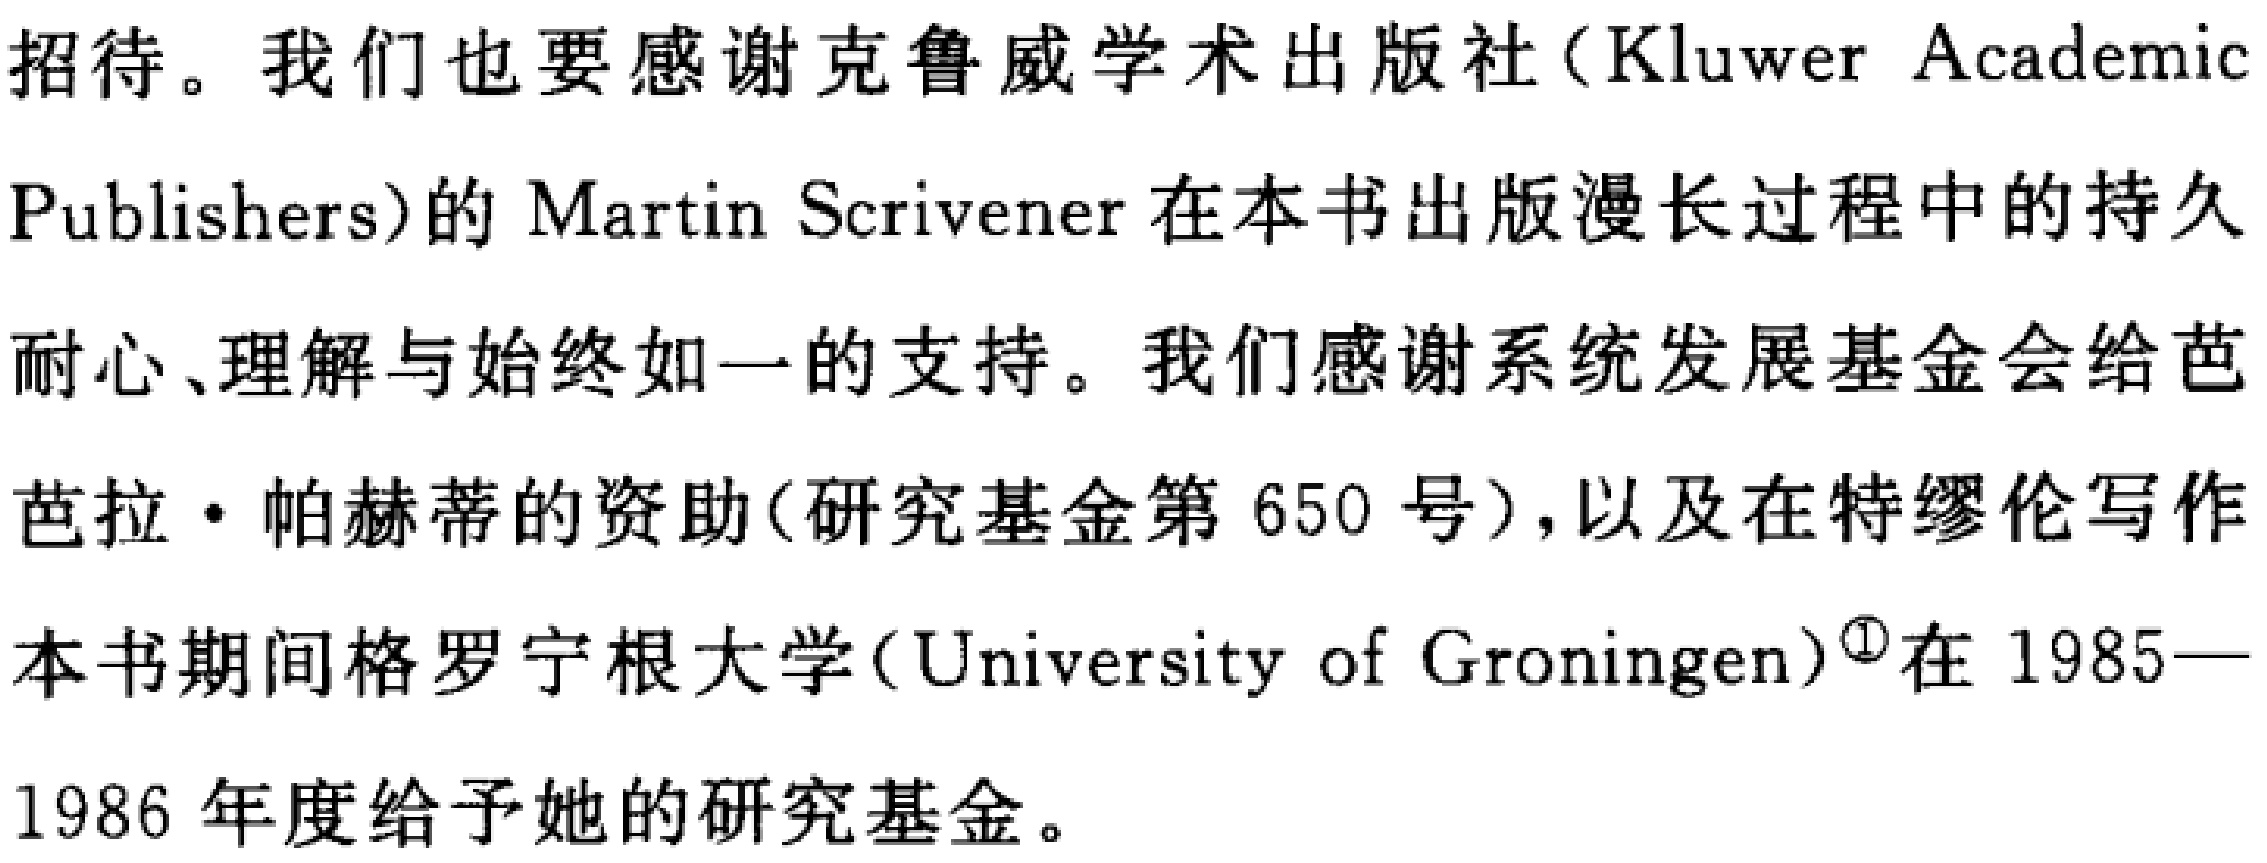
招待。我们也要感谢克鲁威学术出版社（Kluwer Academic Publishers）的Martin Scrivener在本书出版漫长过程中的持久耐心、理解与始终如一的支持。我们感谢系统发展基金会给芭芭拉·帕赫蒂的资助(研究基金第650号)，以及在特缪伦写作本书期间格罗宁根大学（University of Groningen）\textsuperscript{\textcircled{1}}在1985—1986年度给予她的研究基金。